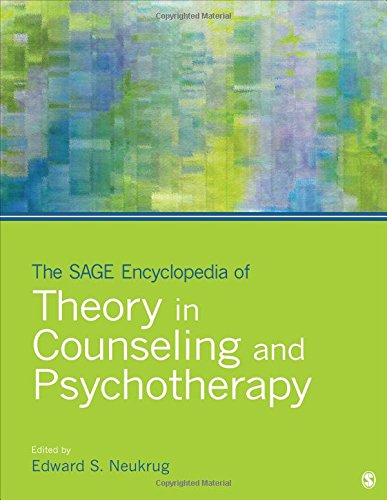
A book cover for The SAGE Encyclopedia of Theory in Counseling and Psychotherapy; Politics & Social Sciences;